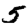
Digit: 5